Report of the Hyderabad Chloroform Commission
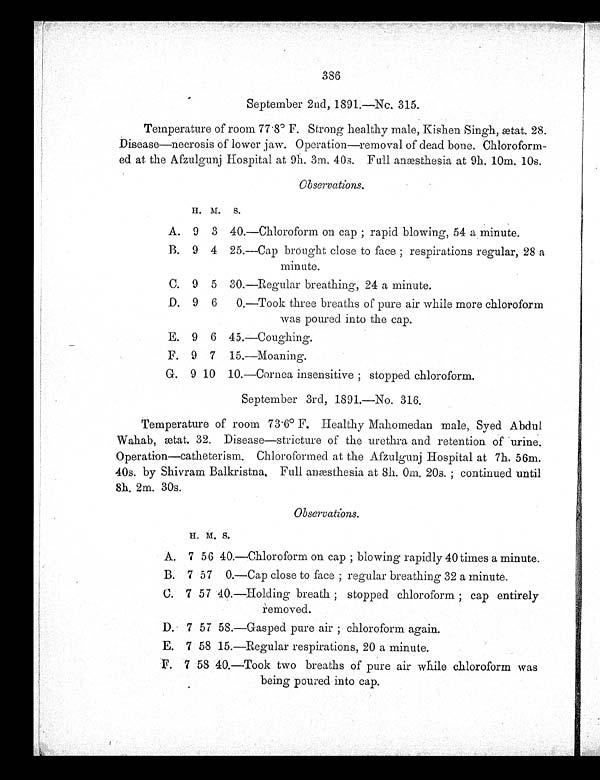
386
September 2nd, 1891.—No. 315.
Temperature of room 77 . 8° F. Strong healthy male, Kishen Singh, ætat. 28.
Disease—necrosis of lower jaw. Operation—removal of dead bone. Chloroform-
ed at the Afzulgunj Hospital at 9h. 3m. 40s. Full anæsthesia at 9h. 10m. 10s.
Observations.
H . M .
S .
A. 9 3 40.—Chloroform on cap ; rapid blowing, 54 a minute.
B. 9 4 25.—Cap brought close to face ; respirations regular, 28 a
minute.
C. 9 5 30.—Regular breathing, 24 a minute.
D. 9 6 0.—Took three breaths of pure air while more chloroform
was poured into the cap.
E. 9 6 45.—Coughing.
F. 9 7 15.—Moaning.
G-. 9 10 10.—Cornea insensitive ; stopped chloroform.
September 3rd, 1891.—No. 316.
Temperature of room 73 . 6° F. Healthy Mahomedan male, Syed Abdul
Wahab, ætat. 32. Disease—stricture of the urethra and retention of urine.
Operation—catheterism. Chloroformed at the Afzulgunj Hospital at 7h. 56m.
40s. by Shivram Balkristna. Full anæsthesia at 8h. Om. 20s. ; continued until
8h. 2m. 30s.
Observations.
H. M. S.
A. 7 56 40.—Chloroform on cap ; blowing rapidly 40 times a minute.
B. 7 57 0.—Cap close to face ; regular breathing 32 a minute.
C. 7 57 40.—Holding breath ; stopped chloroform ; cap entirely
removed.
D. 7 57 58.—Gasped pure air ; chloroform again.
E. 7 58 15.—Regular respirations, 20 a minute.
F. 7 58 40. —Took t wo br e a t hs of pur e a i r whi l e c hl or of or m wa s
being poured into cap.